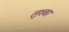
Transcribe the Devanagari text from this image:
लुश्का